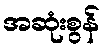
အဆုံးစွန်